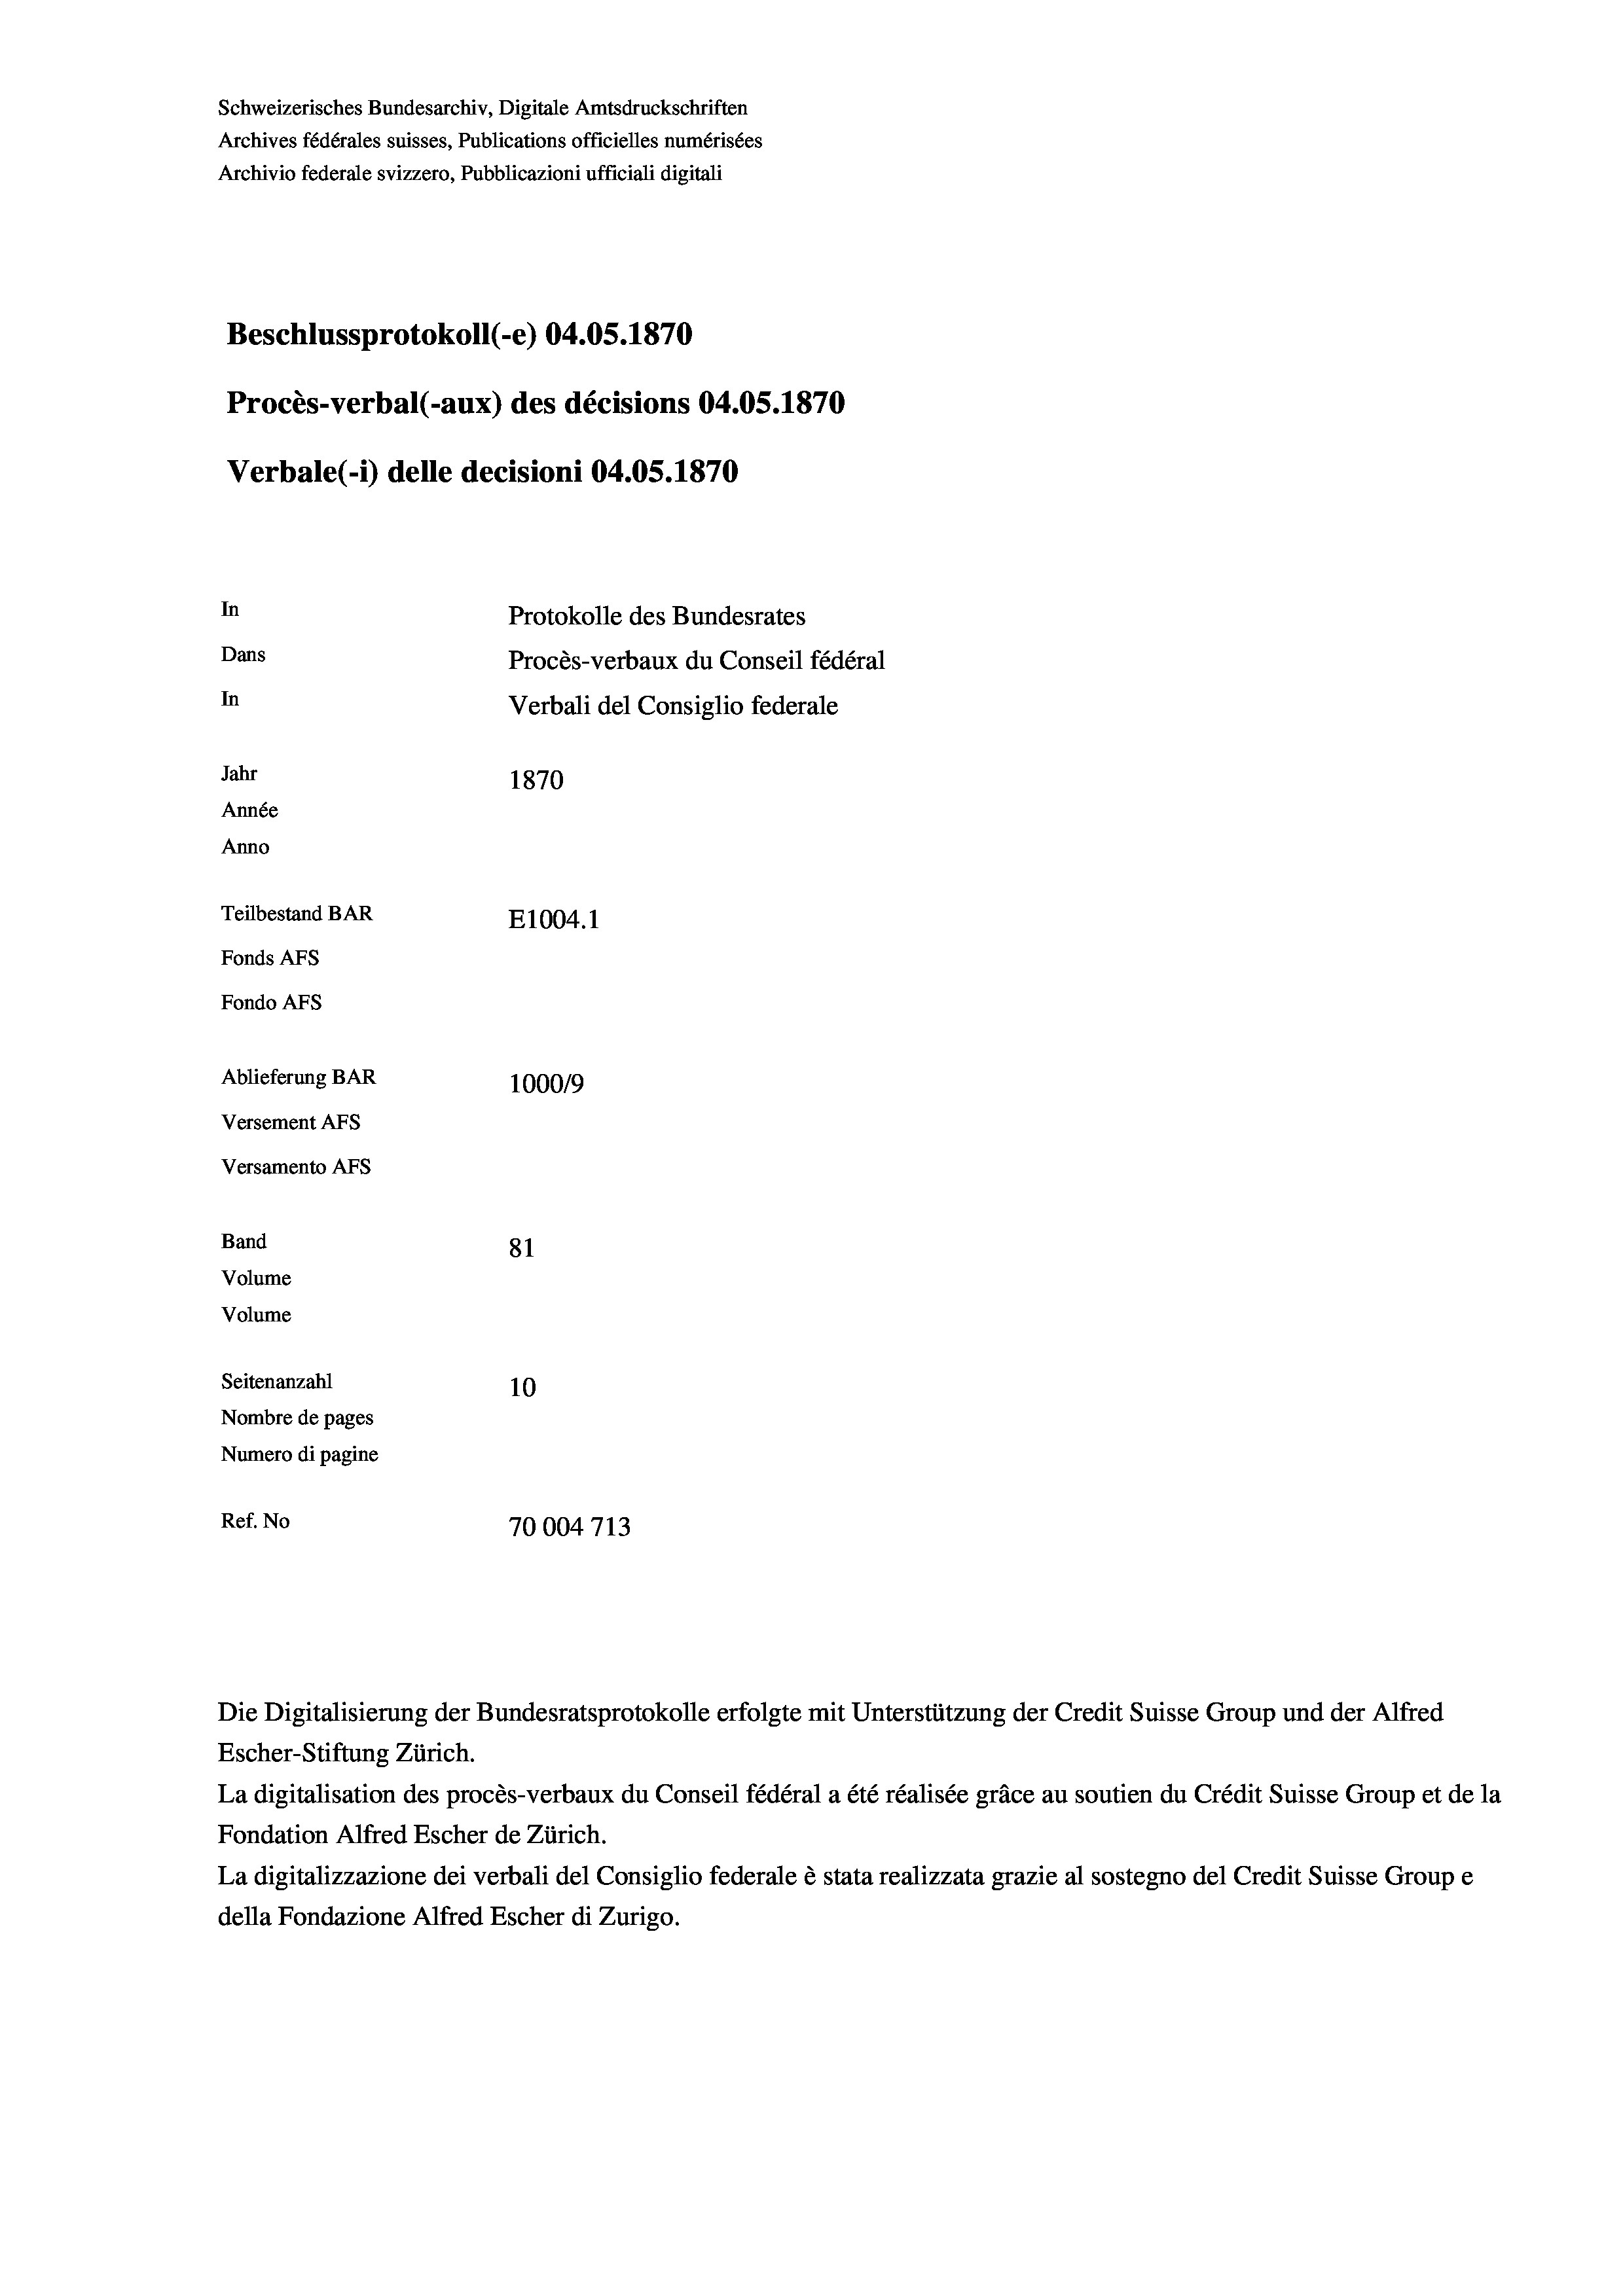
Schweizerisches Bundesarchiv, Digitale Amtsdruckschriften
Archives fédérales suisses, Publications officielles numérisées
Archivio federale svizzero, Pubblicazioni ufficiali digitali
Beschlussprotokoll (-e) 04.05. 1870
Procès-verbal (-aux) des décisions 04.05. 1870
Verbale (-*) delle decisioni 04.05. 1870
In
Protokolle des Bundesrates
Dans
Procès-verbaux du Conseil fédéral
In
Verbali del Consiglio federale
Jahr
1870
Année
Anno
Teilbestand BAR
E1004.1
Fonds AFs
Fondo AFs
Ablieferung BAR
100019
Versement AFS

Versamento AFs
Band
Volume

81
Volume
Seitenanzahl
10
Nombre de pages
Numero di pagine
Ref. No
70004713

Die Digitalisierung der Bundesratsprotokolle erfolgte mit Unterstützung der Credit Suisse Group und der Alfred
Escher-Stiftung Zürich.
La digitalisation des procès-verbaux du Conseil fédéral a été réalisée gräce au soutien du Crédit Suisse Group et de la
Fondation Alfred Escher de Zürich.
La digitalizzazione dei verbali del Consiglio federale è stata realizzata grazie al sostegno del Credit Suisse Groupe
della Fondazione Alfred Escher di Zurigo.